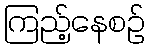
ကြည့်နေစဉ်